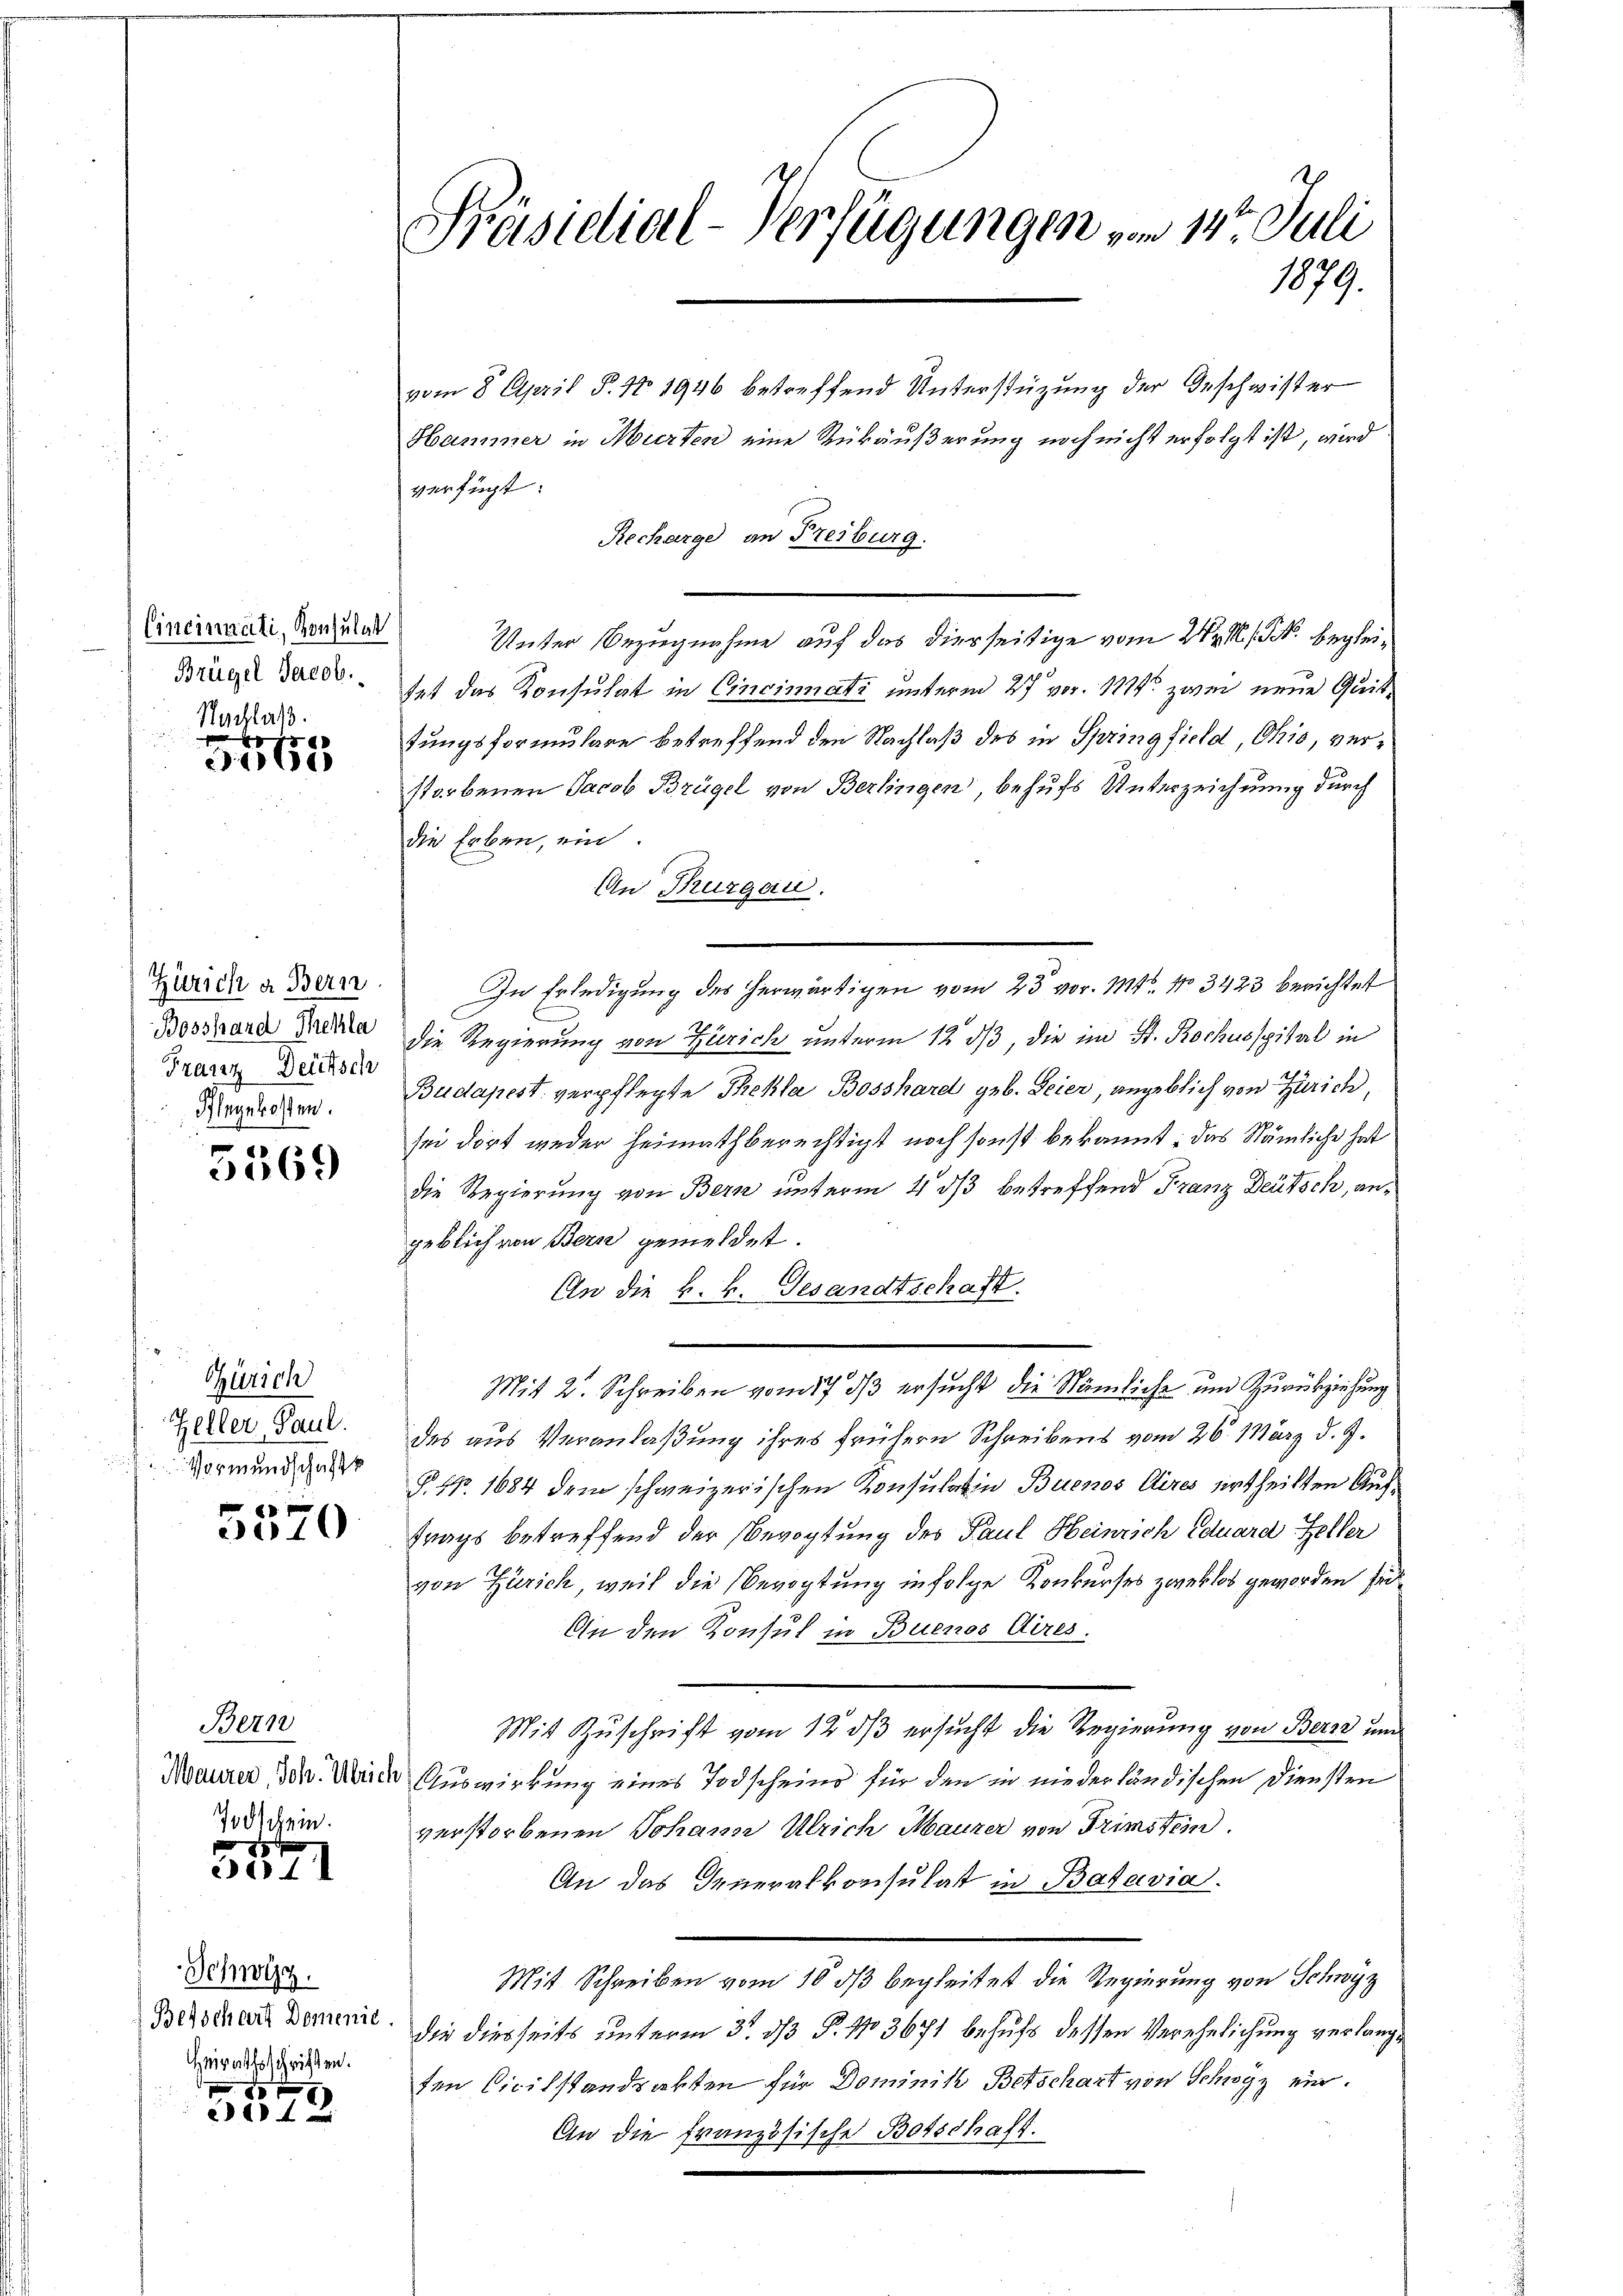
Cincinnati, Konsulat
Brügel Jacob.

Schlaß.
8

Zürich a Bern
Bosshand Thekla
Franz Deutsch
Flegekosten.

5569

Zürich
Zeller, Paul.
Vormundschaft

5570

Bern
Todschein.

x
4

Schwyz.
Heirathsschriften.

10 f 0

Präsidial-Verfügungen vom 14t. Juli
1879.

vom 8. April §. N. 1946 betreffend Unterstützung der Geschwister
Hammer in Murten eine Rükäußerung noch nicht erfolgt ist, wird
verfügt:
Recharge an Freiburg.
Unter Bezugnahme auf das dierseitige vom 24t . . . begleitet das Konsulat in Cincinati unterm 27 vor. 1874 zwei neue Quittungsformulare betreffend den Nachlaß des in Springfield, Ohio, verstorbenen Jacob Brügel von Berlingen, behufs Unterzeichnung durch
die Erben, ein.
In Erledigung des herwärtigen vom 23 vor. Mts. No 3423 berichtet
die Regierung von Zürich unterm 12. dβ, die im St. Rochusspital in
Budapest verpflegte Thekla Bosshard geb. Feier, angeblich von Zürich,
sei dort weder heimathberechtigt noch sonst bekannt: das Nämliche hat
die Regierung von Bern unterm 4. dβ betreffend Franz Deutsch, angeblich von Bern gemeldet.
An die k. k. Gesandtschaft.
Mit 2. Schreiben vom 17. ds ersucht die Nämliche und Zurückziehung
des aus Veranlaßung ihres frühern Schreibens vom 26. März d. J.
§ Nr. 1684 dem schweizerischen Konsulatin Buenos Aires urtheilten Auffrags betreffend der Bevogtung des Paul Heinrich Eduard Zeller
von Zürich, weil die Bevogtung infolge Konkurses zweklos geworden sic
An den Konsul in Buenos Aires.
Mit Zuschrift vom 12. ds ersucht die Regierung von Berze und
Maurer, Joh. Ulrich Auswirkung eines Todscheins für den in niederländischen Diensten
verstorbenen Johann Ulrich Maurer von Trimstein.
An das Generalkonsulat in Batavia.
Mit Schreiben vom 16 ds begleitet die Regierung von Schwyz
Bezocher denen. Die diesseits unterm 3. ds P. No 3671 behufs dessen Verehelichung verlangten Civilstandsakten für Dominik Betschart von Schwyz ein.
An die französische Botschaft.

An Thurgau.